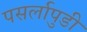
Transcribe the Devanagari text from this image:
पसर्लापुडी